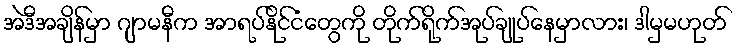
အဲဒီအချိန်မှာ ဂျာမနီက အာရပ်နိုင်ငံတွေကို တိုက်ရိုက်အုပ်ချုပ်နေမှာလား၊ ဒါမှမဟုတ်